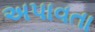
અપાવતા